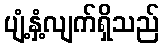
ပျံ့နှံ့လျက်ရှိသည်